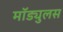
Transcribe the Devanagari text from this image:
मॉड्युलस